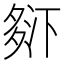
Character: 𰋒